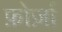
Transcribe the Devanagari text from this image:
फ़ोर्ज़ा